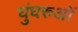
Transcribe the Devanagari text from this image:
घुंघरुओं